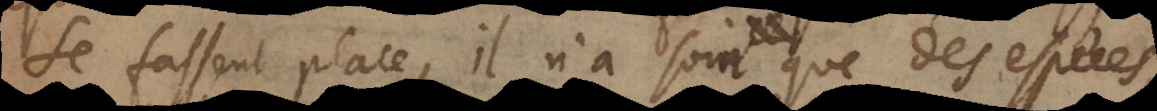
se fassent place, il n’a soin que des espèces,